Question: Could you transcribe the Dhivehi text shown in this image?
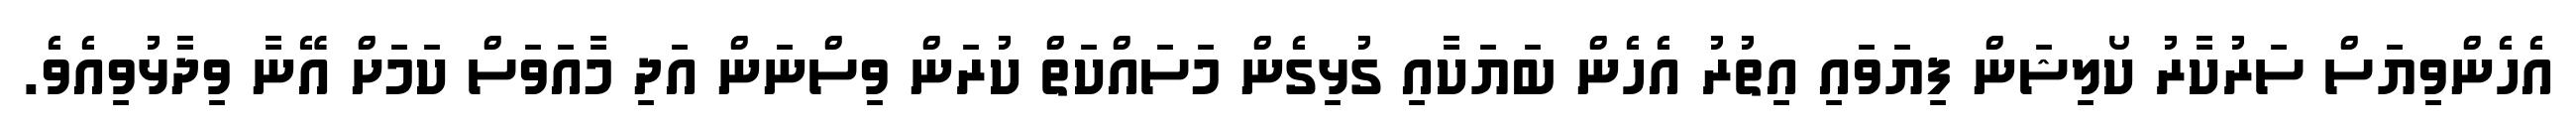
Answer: އެހެންވިޔަސް ސަރުކާރު ކޯލިޝަން ފިޔަވައި އިތުރު އެހެން ބަޔަކާއި ގުޅިގެން މަސައްކަތް ކުރަން ވިސްނަން އަދި މާއަވަސް ކަމަށް އޭނާ ވިދާޅުވިއެވެ.